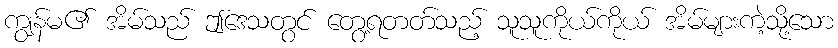
ကျွန်မ၏ အိမ်သည် ဤဒေသတွင် တွေ့ရတတ်သည့် သူသူကိုယ်ကိုယ် အိမ်များကဲ့သို့သော